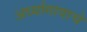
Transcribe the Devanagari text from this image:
अर्ध्यागावाचे